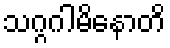
သဂ္ဂဂါမိနောတိ